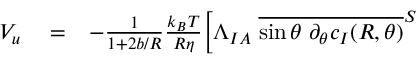
\begin{array} { r l r } { V _ { u } } & { { } = } & { - \frac { 1 } { 1 + 2 b / R } \frac { k _ { B } T } { R \eta } \Big [ \Lambda _ { I A } \; \overline { { \sin \theta \; \partial _ { \theta } c _ { I } ( R , \theta ) } } ^ { S } } \end{array}